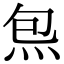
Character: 炰